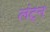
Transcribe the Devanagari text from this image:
लंट्न